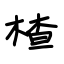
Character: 楂